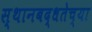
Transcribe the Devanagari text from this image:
स्थानबद्धतेच्या